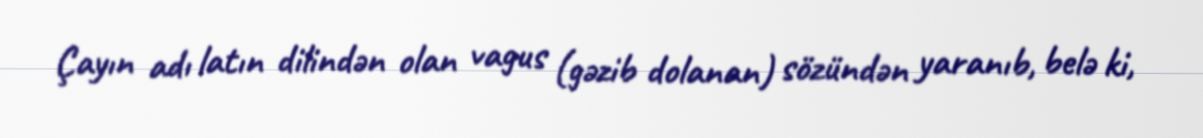
Çayın adı latın dilindən olan vagus (gəzib dolanan) sözündən yaranıb, belə ki,